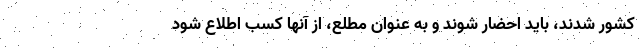
کشور شدند، باید احضار شوند و به عنوان مطلع، از آنها کسب اطلاع شود